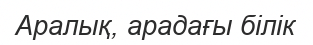
Аралық, арадағы білік